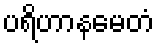
ပရိဟာနမေတံ